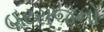
હરરાજનો